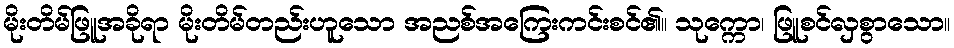
မိုးတိမ်ဖြူအခိုရာ မိုးတိမ်တည်းဟူသော အညစ်အကြေးကင်းစင်၏။ သုက္ကော၊ ဖြူစင်လှစွာသော။